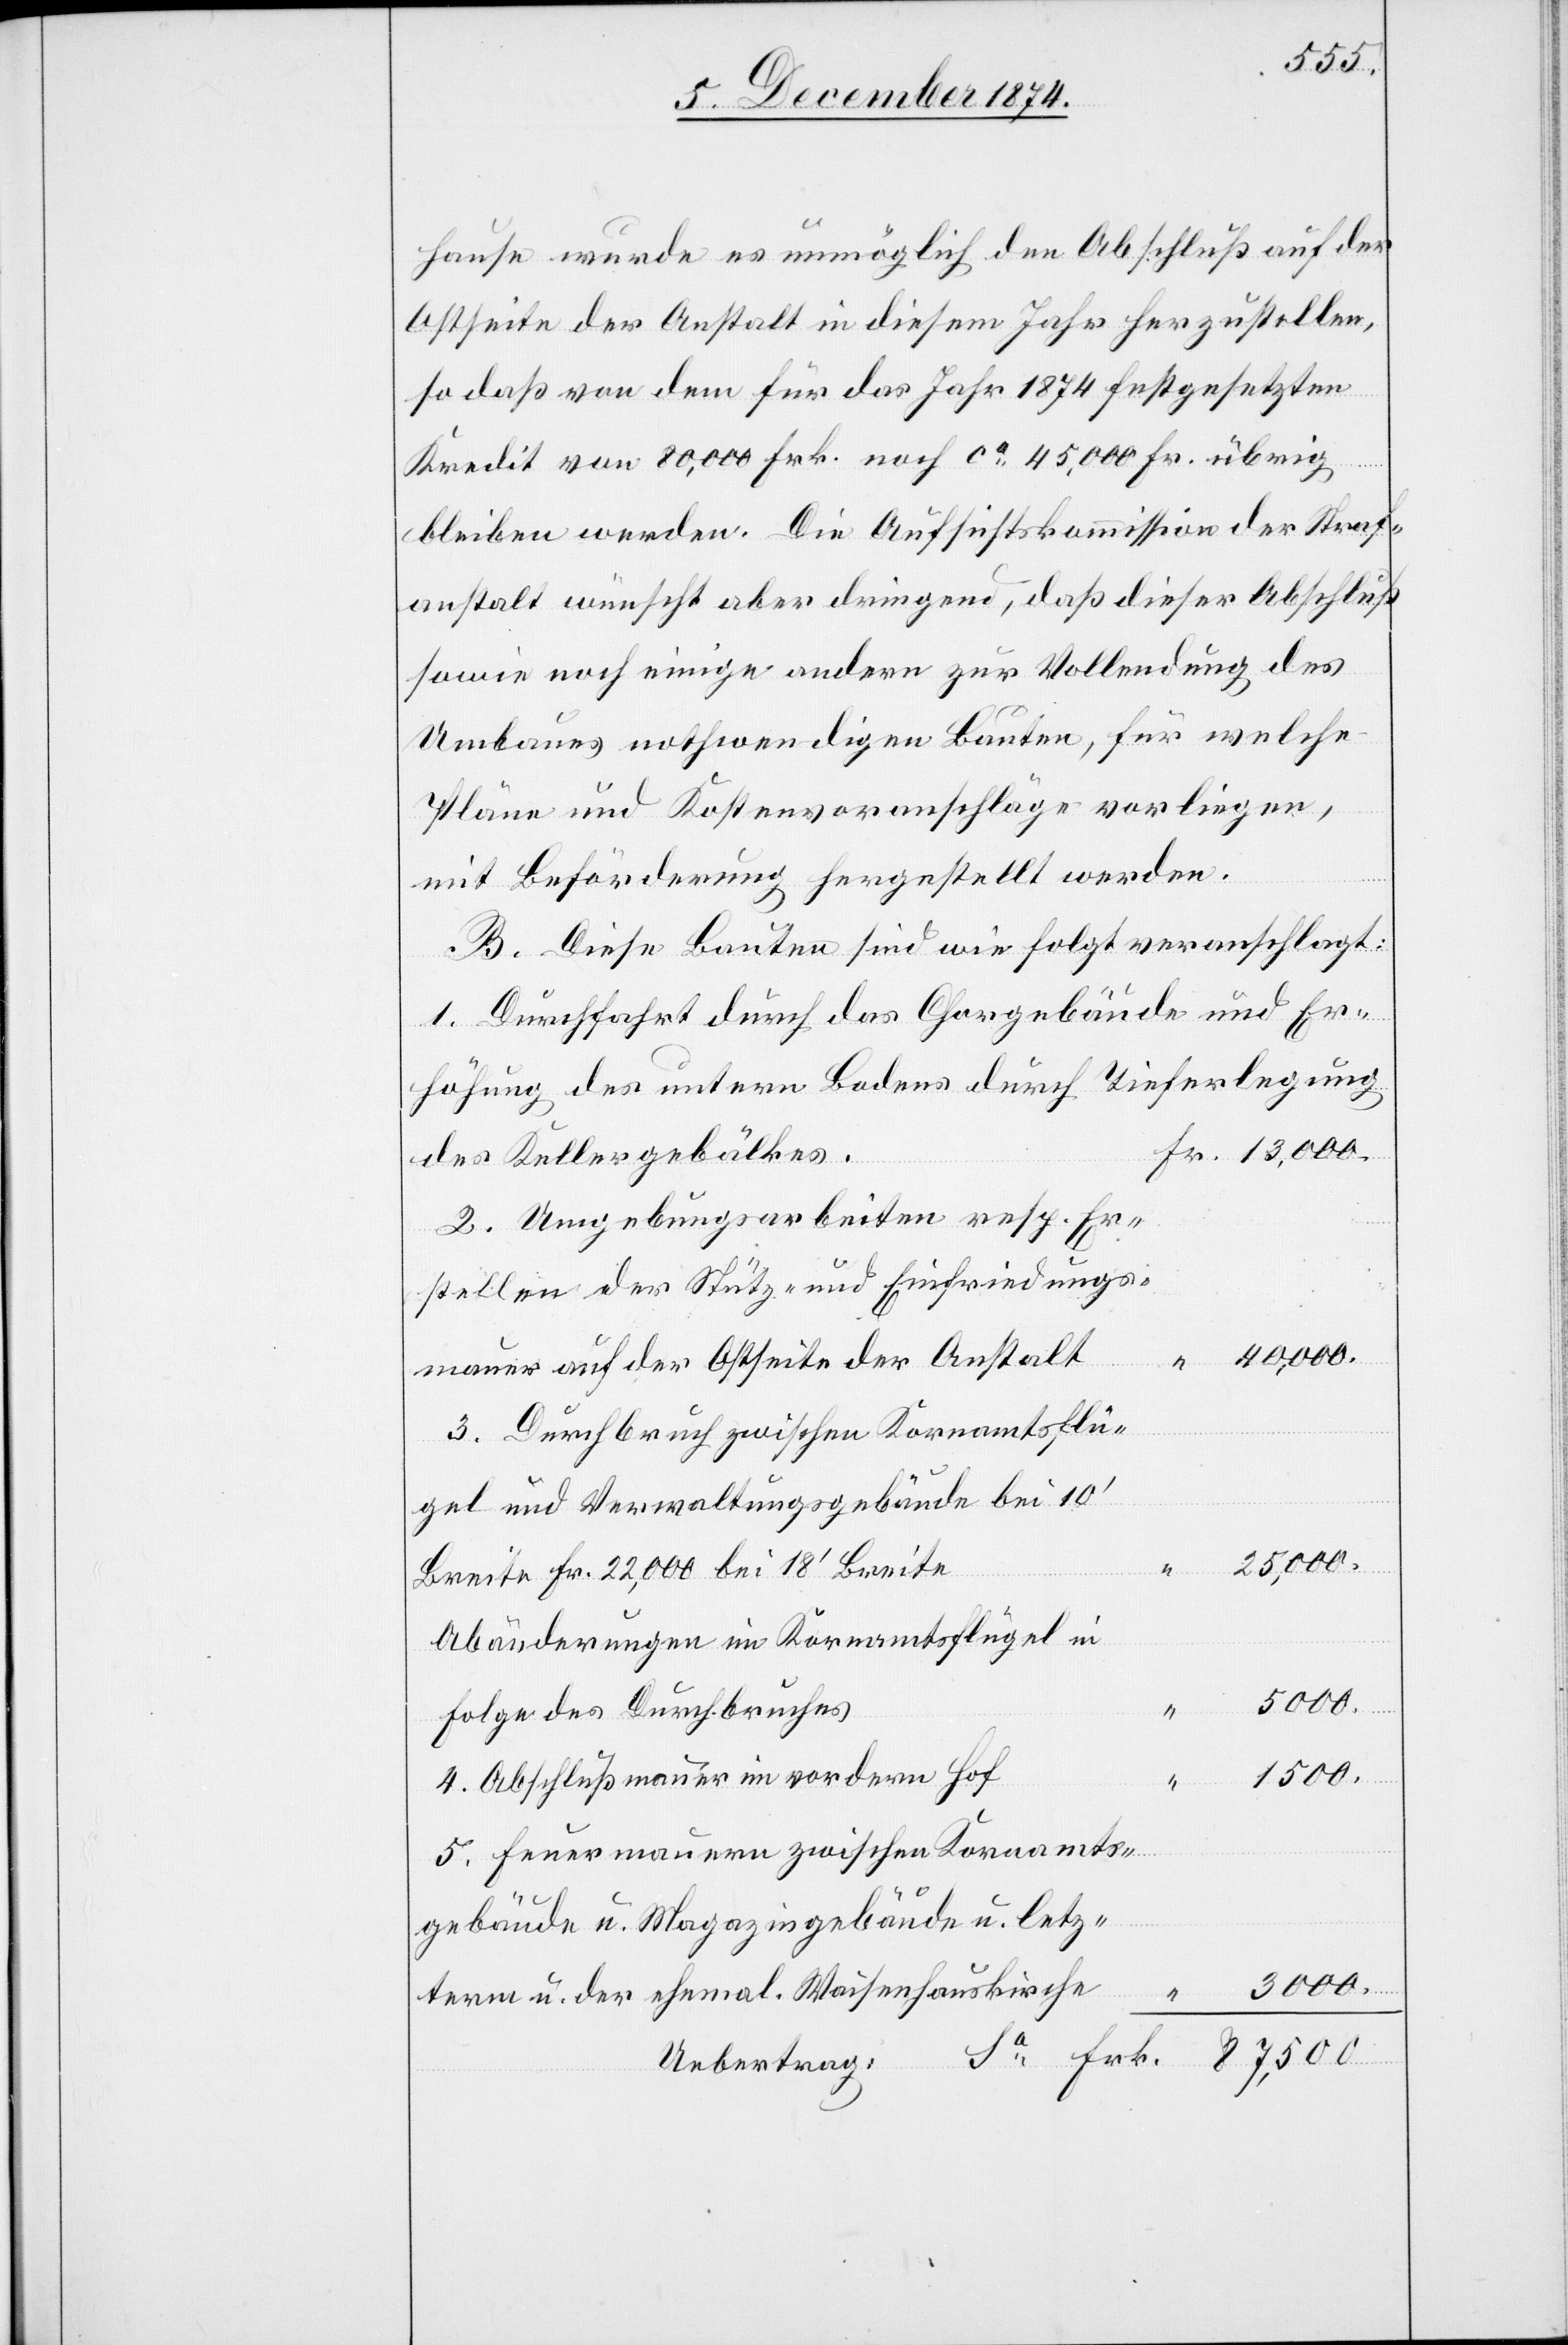
1500.
hause wurde es unmöglich den Abschluß auf der
Ostseite der Anstalt in diesem Jahr herzustellen,
so daß von dem für das Jahr 1874 festgesetzten
Kredit von 80,000 Frk. noch ca 45,000 Fr. übrig
bleiben werden. Die Aufsichtskommission der Straf¬
anstalt wünscht aber dringend, daß dieser Abschluß
sowie noch einige andere zur Vollendung des
Umbaues nothwendigen Bauten, für welche
Pläne und Kostenvoranschläge vorliegen,
mit Beförderung hergestellt werden.
B. Diese Bauten sind wie folgt veranschlagt:
1. Durchfahrt durch das Chorgebäude und Er¬
höhung des untern Bodens durch Tieferlegung
des Kellergebälkes.
2. Umgebungsarbeiten resp. Er¬
stellen der Stütz- und Einfriedungs¬
mauer auf der Ostseite der Anstalt
3. Durchbruch zwischen Kornamtsflü¬
gel und Verwaltungsgebäude bei 10‘
Breite Fr. 22,000[,] bei 18‘ Breite
Abänderungen im Kornamtsflügel in
5000.
Folge des Durchbruches
4. Abschlußmauer im vordern Hof
5. Feuermauern zwischen Kornamts¬
gebäude u. Magazinsgebäude u. letz¬
3000.
term u. der ehemal. Waisenhauskirche